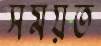
সময়ত